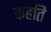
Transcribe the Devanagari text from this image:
कहति